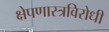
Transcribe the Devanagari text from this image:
क्षेपणास्त्रविरोधी